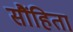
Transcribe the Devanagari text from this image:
सौंहिता